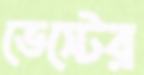
ভেস্টের